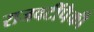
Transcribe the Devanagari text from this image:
राजवटींपैकी